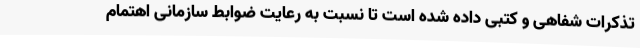
تذکرات شفاهی و کتبی داده شده است تا نسبت به رعایت ضوابط سازمانی اهتمام